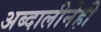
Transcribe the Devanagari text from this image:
अब्दालीनेही